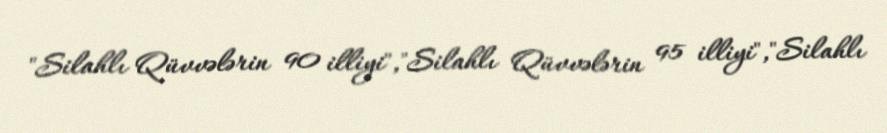
"Silahlı Qüvvələrin 90 illiyi","Silahlı Qüvvələrin 95 illiyi","Silahlı